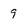
Character: 9